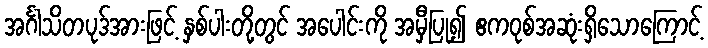
အင်္ဂါသိတပုဒ်အားဖြင့် နှစ်ပါးတို့တွင် အပေါင်းကို အမှီပြု၍ ဧကဝုစ်အဆုံးရှိသောကြောင့်